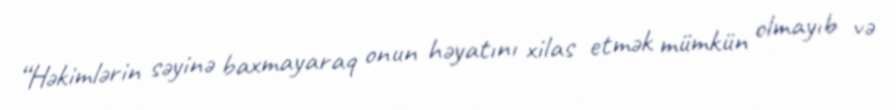
“Həkimlərin səyinə baxmayaraq onun həyatını xilas etmək mümkün olmayıb və